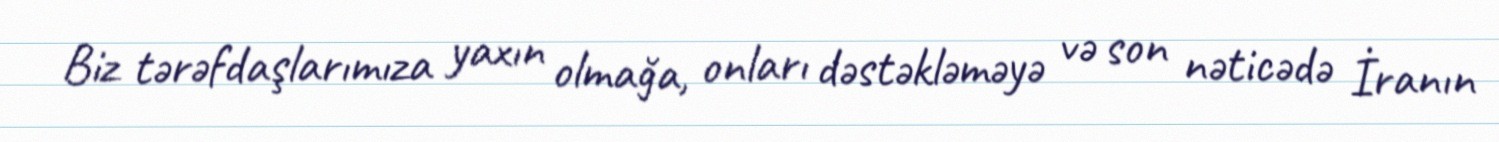
Biz tərəfdaşlarımıza yaxın olmağa, onları dəstəkləməyə və son nəticədə İranın